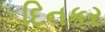
દિનકર